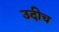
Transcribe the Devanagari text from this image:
उदीच